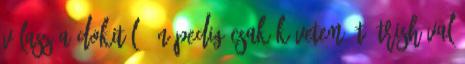
válasz a dokitól. Én pedig csak követem őt, Trishával